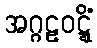
အဂ္ဂဠဝဋ္ဋိံ